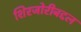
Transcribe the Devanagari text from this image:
शिरजोरीबद्दल